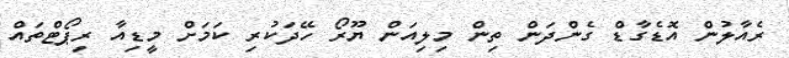
ރެއާލުން އޮޑެގާޑް ގެންދަން ތިން މިލިއަން ޔޫރޯ ހޭދަކުރި ކަމަށް މީޑިއާ ރިޕޯޓްތައް